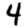
Digit: 4